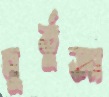
মুর্তুজা